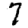
Digit: 7